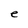
Character: e